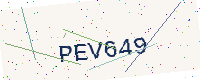
Text: PEV649